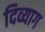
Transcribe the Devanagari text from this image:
दिव्याग